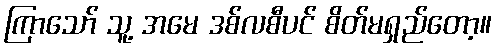
ကြာသော် သူ့ အမေ ဒစ်လစီပင် စိတ်မရှည်တော့။